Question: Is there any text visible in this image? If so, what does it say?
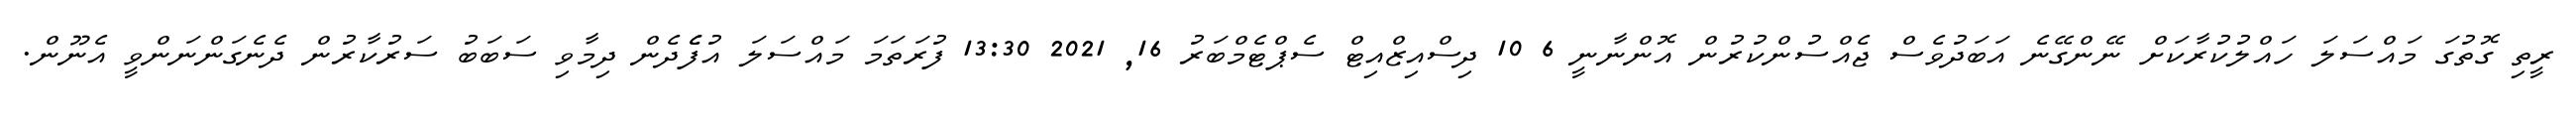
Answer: ރީތި ގޮތުގަ މައްސަލަ ހައްލުކުރާކަށް ނޭންގޭނެ އަބަދުވެސް ޖެއްސުންކުރުން އޮންނާނީ 6 10 ދިސްއިޒްއިޓް ސެޕްޓެމްބަރު 16, 2021 13:30 ފުރަތަމަ މައްސަލަ އުފެެދެން ދިމާވި ސަބަބު ސަރުކާރުން ދެނެގަންނަންވީ އެނޫން.